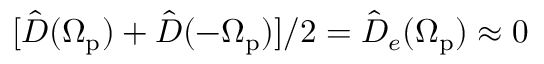
[ \hat { D } ( \Omega _ { \mathrm { p } } ) + \hat { D } ( - \Omega _ { \mathrm { p } } ) ] / 2 = \hat { D } _ { e } ( \Omega _ { \mathrm { p } } ) \approx 0